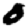
Digit: 0